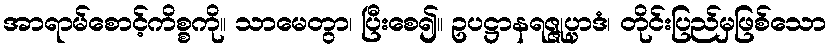
အာရာမ်စောင့်ကိစ္စကို။ သာမေတွာ၊ ပြီးစေ၍။ ဥပဋ္ဌာနရဇ္ဇုပ္ပာဒံ၊ တိုင်းပြည်မှဖြစ်သော